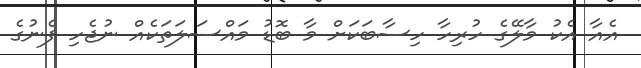
އެއާ އެކު މާލޭގެ ހުރިހާ ހިސާބަކަށް މާ ބޮޑު މައްސަލަތަކެއް ނުޖެހި ފެނުގެ